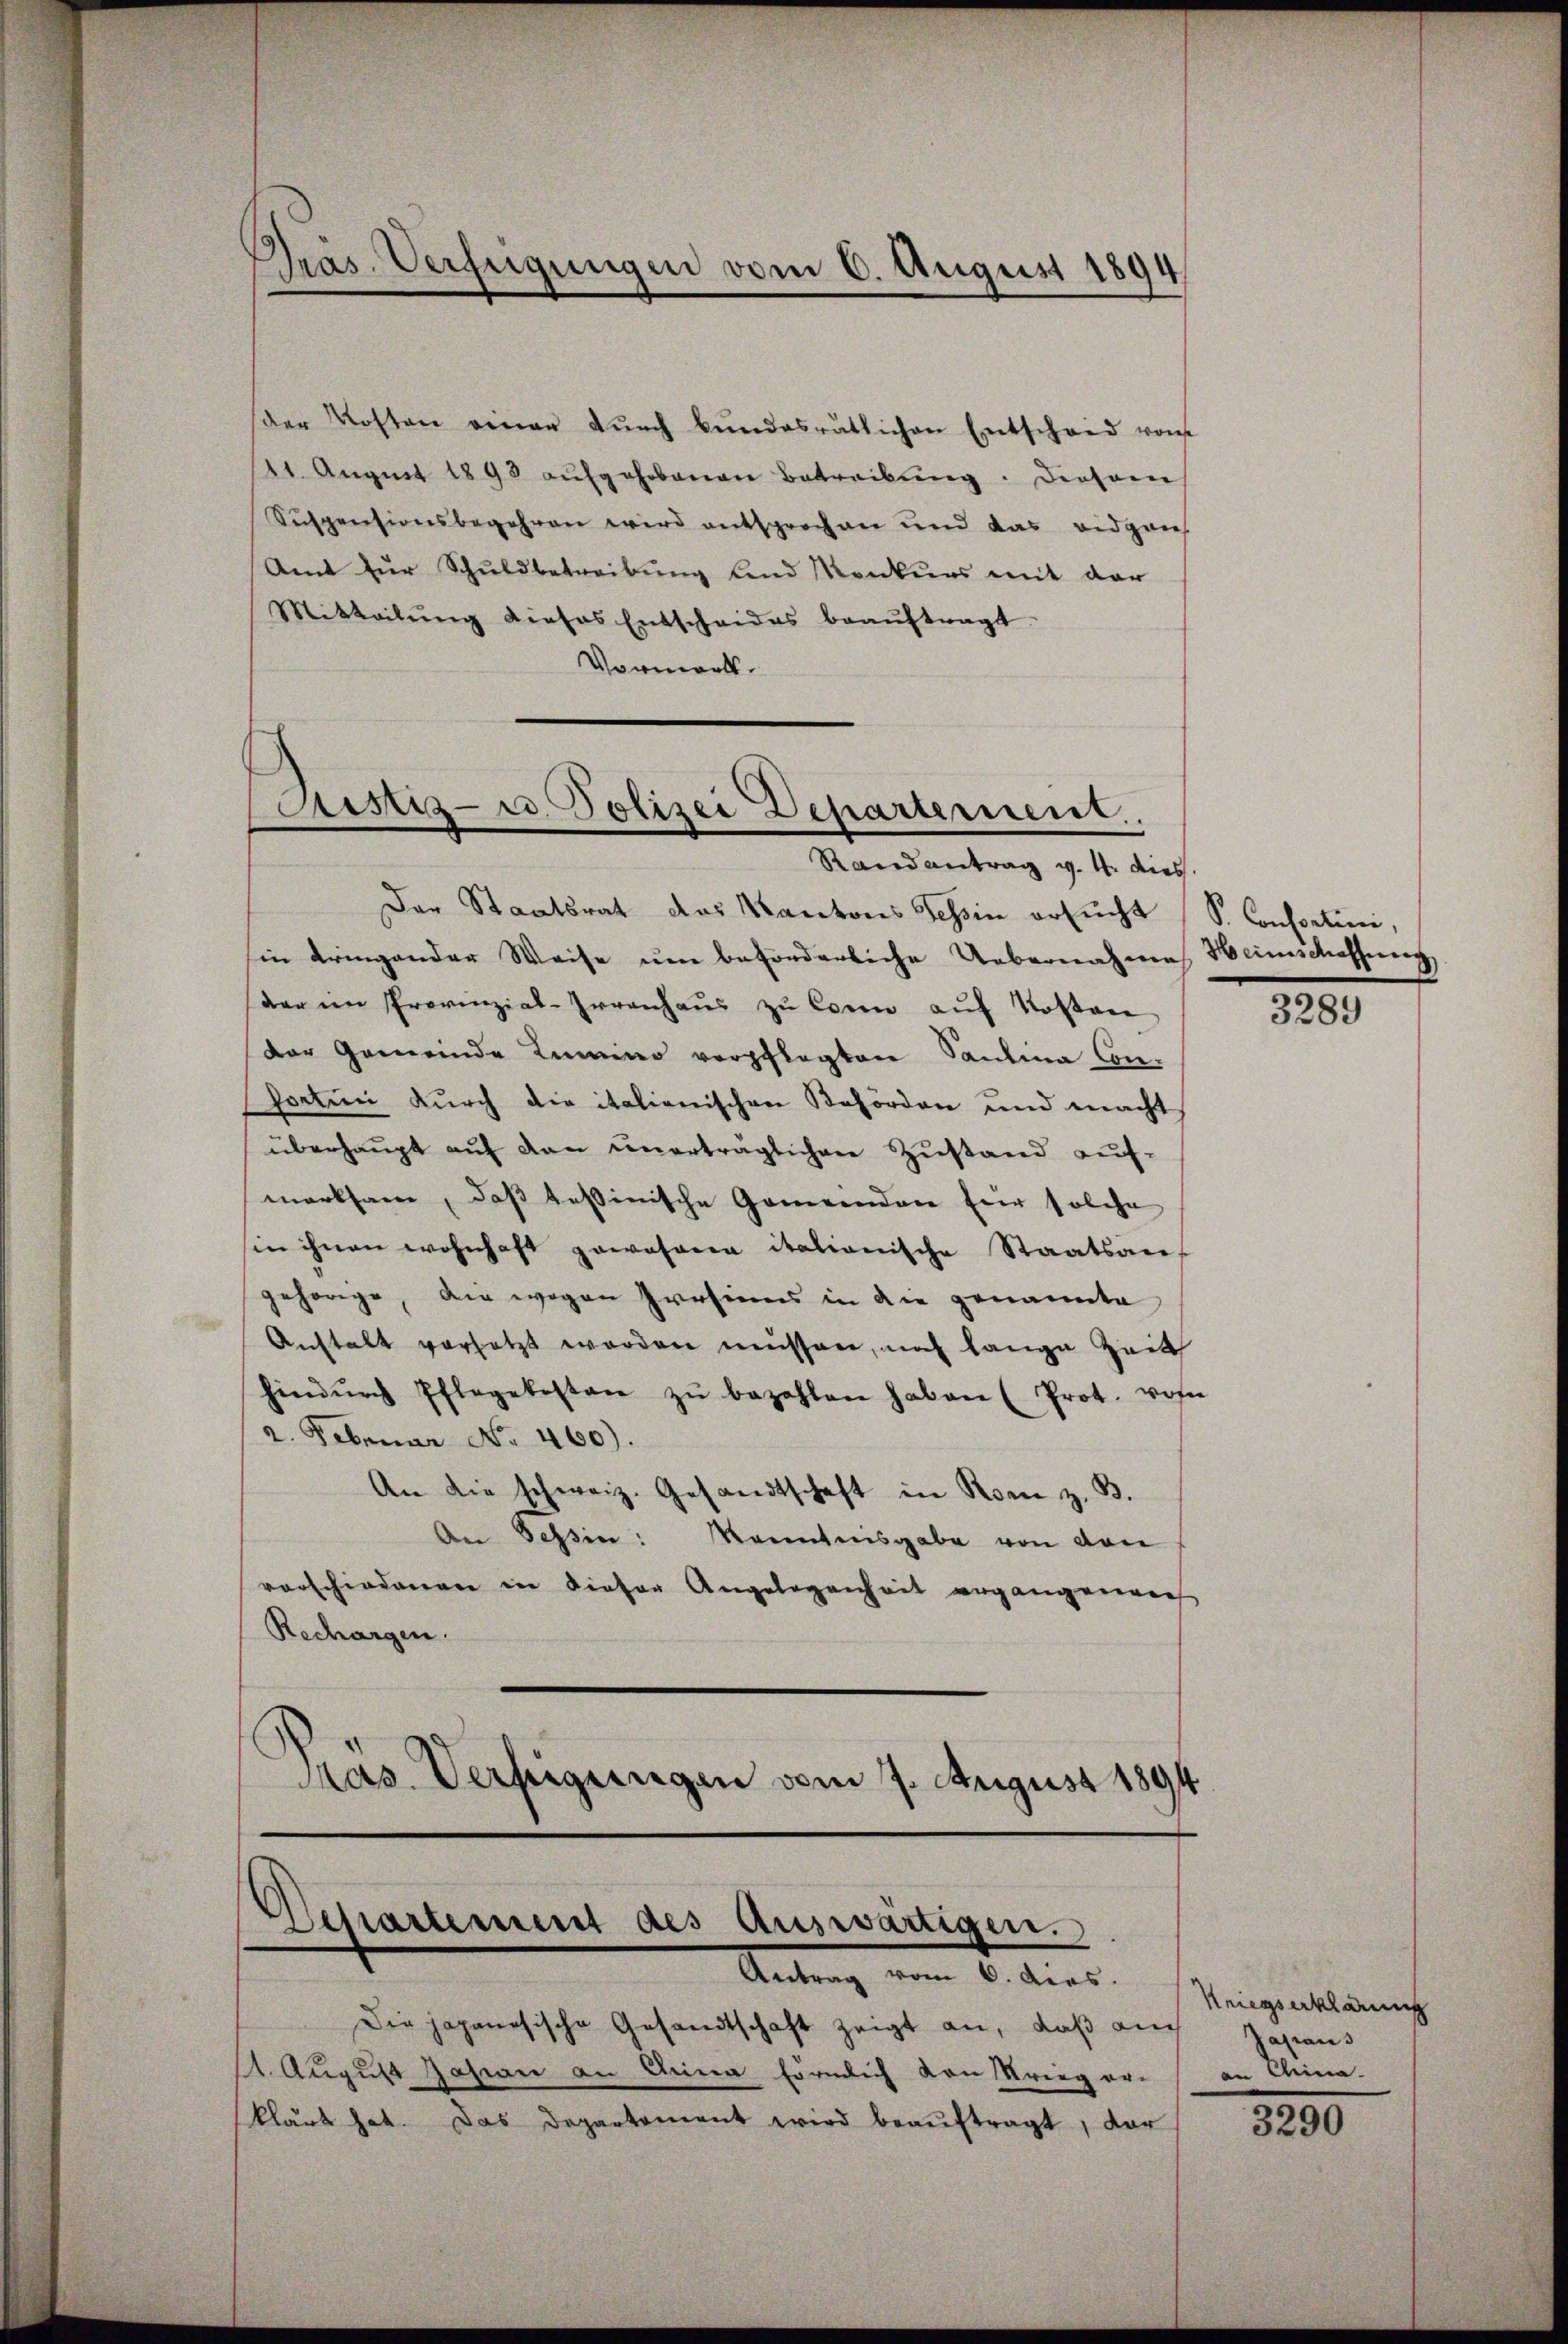
Präs. Verfeigungen vom 6. August 1894

der Kosten einer dŭrch bŭndesrätlichen Entscheid vom
21. August 1893 aufgehobenen Betreibung. Diesem
Suspensionsbegehren wird entsprochen und das eidgan
Amt für Schuldbetreibung land Konkurs mit der
Mitteilŭng dieses Entscheides beaŭftragt.
Vormerk.

Sistiz- u. Polizei Departement.
Randantrag v. 4. dies

Der Staatsrat des Kantons Tessin ersucht S. Consortini,
hin dringender Weise um beförderliche Uebernahme Heimschaffung
der im Provinzial-Irrenhaŭs zŭ Corn auf Kosten
Der Gemeinde Kamino verpflegten Santina Con-
sorten durch die italienischen Behörden und macht
überhaŭpt aŭf den unerträglichen Zustand auf-
merksam, daß tessinische Gemeinden für solche
sin ihnen wohnhaft gewohnera italionische Staatsanf
gehörige, die wegen Presinns in die genannte
Anstalt versetzt worden müssen, nach lange Zeit
hindŭrch Pflegekosten zŭ bezahlen haben (Prot. von
2. Februar No. 460).
An die schweiz. Gesandtschaft in Rom z. B.
An Tessin: Kenntnisgabe von von
vorschiedenen in dieser Angelegenheit ergangenen
Rechargen.
e
Präs. Verfügungen vom 7. August 1894

Departement des Auswärtigen.
Antrag vom 6. dies.

Die japanesische Gesandtschaft zeigt an, daß auch Zasions
11. August Josian an Anna förmlich von Krieger an China.
klärt hat. Das Departement wird beaŭftragt, dar

3289

Kriegserklärung

3290